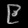
Digit: ၉